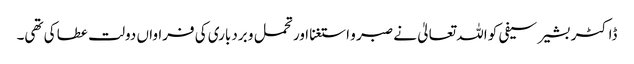
ڈاکٹر بشیر سیفی کو اللہ تعالیٰ نے صبر و استغنا اور تحمل و بردباری کی فراواں دولت عطا کی تھی۔